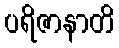
ပရိဇာနာတိ